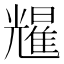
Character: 𫤥